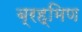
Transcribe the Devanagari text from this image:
ब्रह्मिण